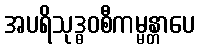
အပရိသုဒ္ဓဝစီကမ္မန္တာပေ